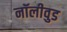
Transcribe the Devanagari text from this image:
नॉलीवुड